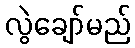
လွဲချော်မည်